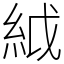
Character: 䋐